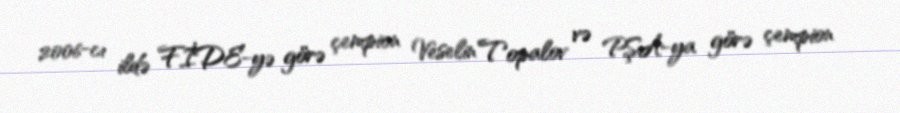
2006-cı ildə FİDE-yə görə çempion Veselin Topalov və PŞA-ya görə çempion